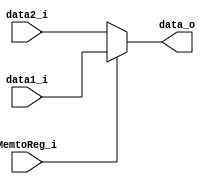
module mux5(
	MemtoReg_i,
	data1_i,
	data2_i,
	data_o
);

input	[31:0]		data1_i;
input	[31:0]		data2_i;
input				MemtoReg_i;
output reg [31:0]	data_o;

always@(MemtoReg_i or data1_i or data2_i)begin
	if(MemtoReg_i == 1'b1) begin
		data_o = data1_i;
	end
	else begin
		data_o = data2_i;
	end
end

endmodule